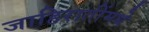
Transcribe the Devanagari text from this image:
जाहिरातींमधे